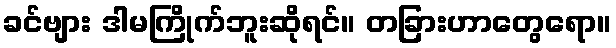
ခင်ဗျား ဒါမကြိုက်ဘူးဆိုရင်။ တခြားဟာတွေရော။